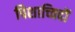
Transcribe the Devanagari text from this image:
पिशाच्विदों